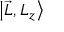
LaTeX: \left| { \vec { L } } , L _ { z } \right\rangle